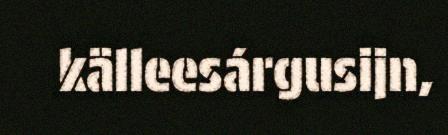
källeesárgusijn,